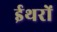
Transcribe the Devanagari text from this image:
ईथरों